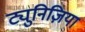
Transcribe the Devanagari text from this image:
ट्युनिज़िया